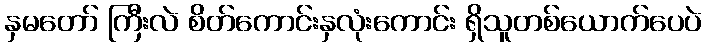
နှမတော် ကြီးလဲ စိတ်ကောင်းနှလုံးကောင်း ရှိသူတစ်ယောက်ပေပဲ